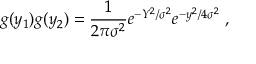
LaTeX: g ( y _ { 1 } ) g ( y _ { 2 } ) = { \frac { 1 } { 2 \pi \sigma ^ { 2 } } } e ^ { - Y ^ { 2 } / \sigma ^ { 2 } } e ^ { - y ^ { 2 } / 4 \sigma ^ { 2 } } \; ,